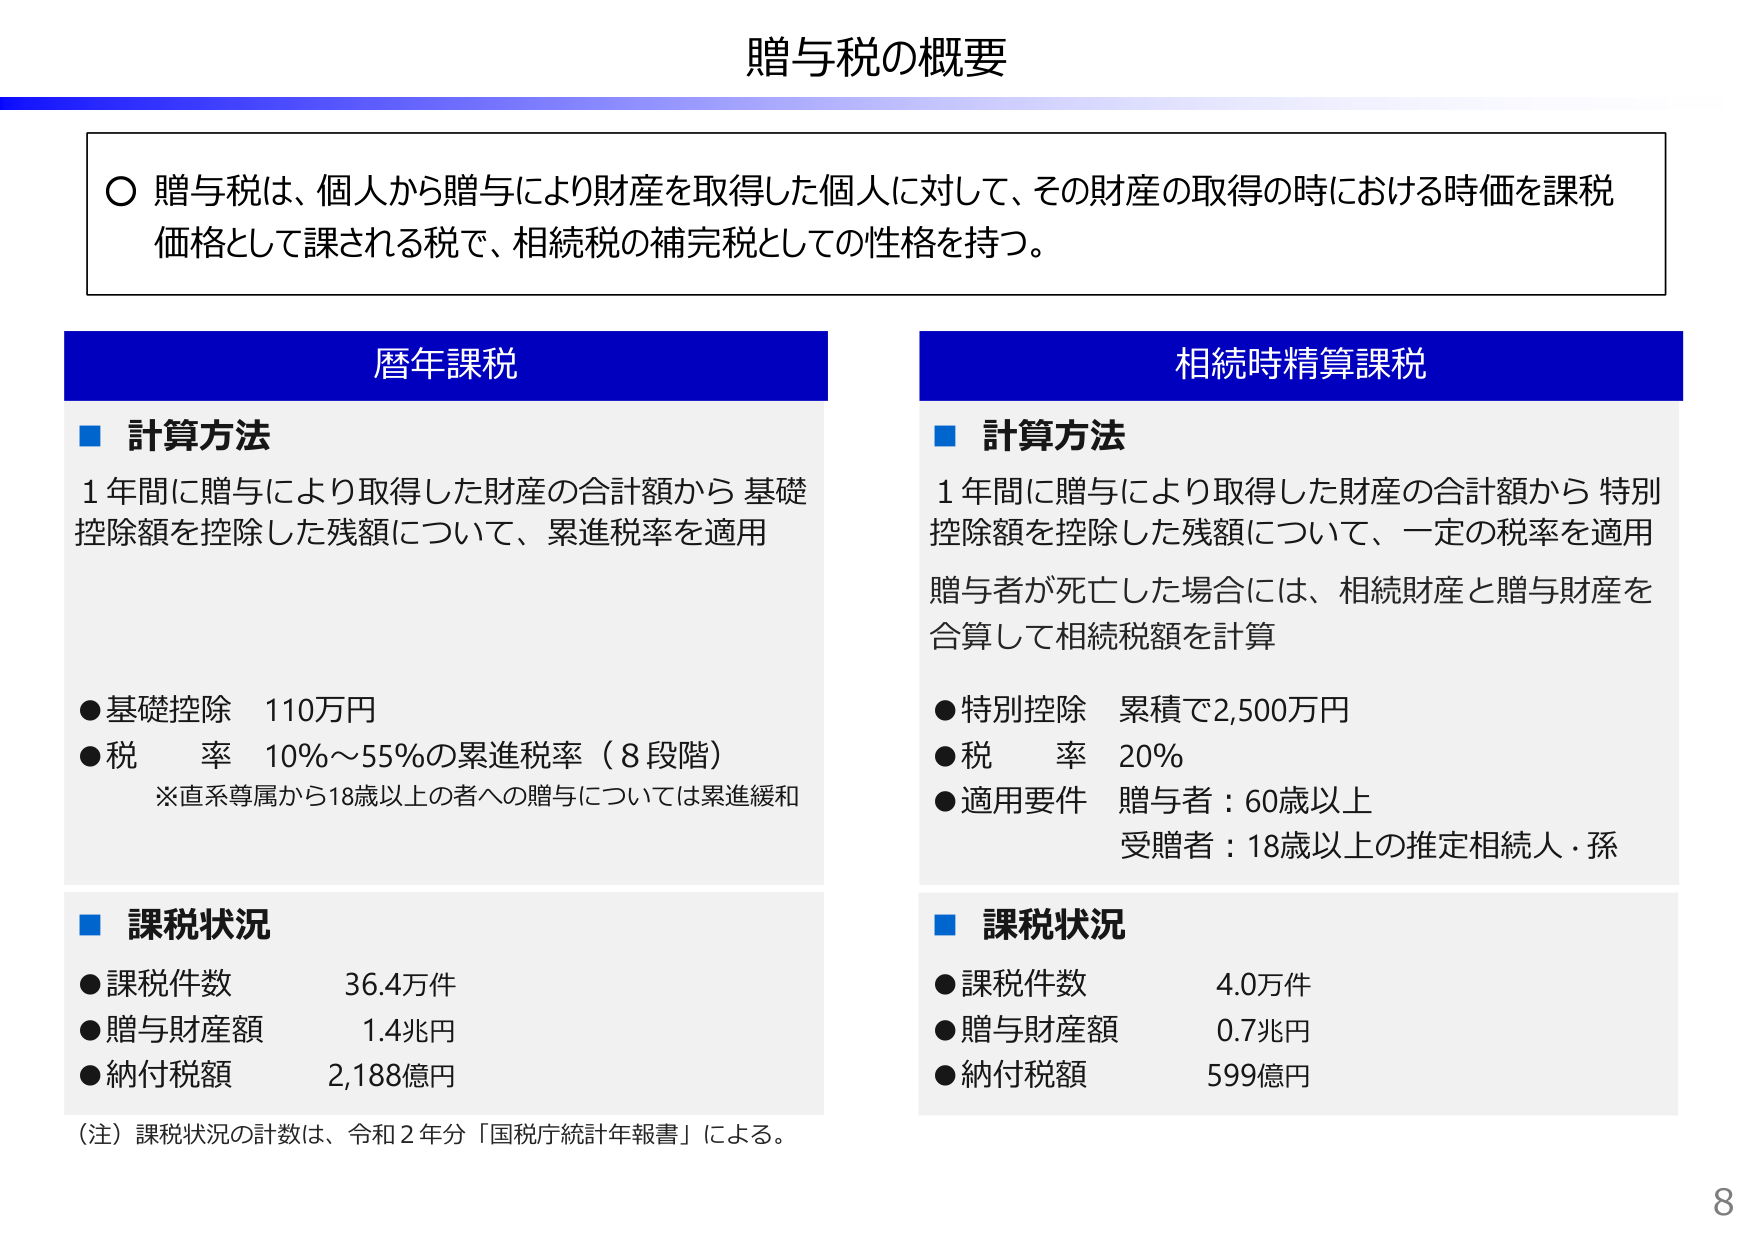
贈与税の概要

○ 贈与税は、個人から贈与により財産を取得した個人に対して、その財産の取得の時における時価を課税価格として課される税で、相続税の補完税としての性格を持つ。

暦年課税

■ 計算方法
1年間に贈与により取得した財産の合計額から 基礎控除額を控除した残額について、累進税率を適用

● 基礎控除 110万円
● 税率 10%～55%の累進税率（8段階）
※直系尊属から18歳以上の者への贈与については累進緩和

■ 課税状況
● 課税件数 36.4万件
● 贈与財産額 1.4兆円
● 納付税額 2,188億円

（注）課税状況の計数は、令和2年分「国税庁統計年報書」による。

相続時精算課税

■ 計算方法
1年間に贈与により取得した財産の合計額から 特別控除額を控除した残額について、一定の税率を適用
贈与者が死亡した場合には、相続財産と贈与財産を合算して相続税額を計算

● 特別控除 累積で2,500万円
● 税率 20%
● 適用要件 贈与者：60歳以上
受贈者：18歳以上の推定相続人・孫

■ 課税状況
● 課税件数 4.0万件
● 贈与財産額 0.7兆円
● 納付税額 599億円

8